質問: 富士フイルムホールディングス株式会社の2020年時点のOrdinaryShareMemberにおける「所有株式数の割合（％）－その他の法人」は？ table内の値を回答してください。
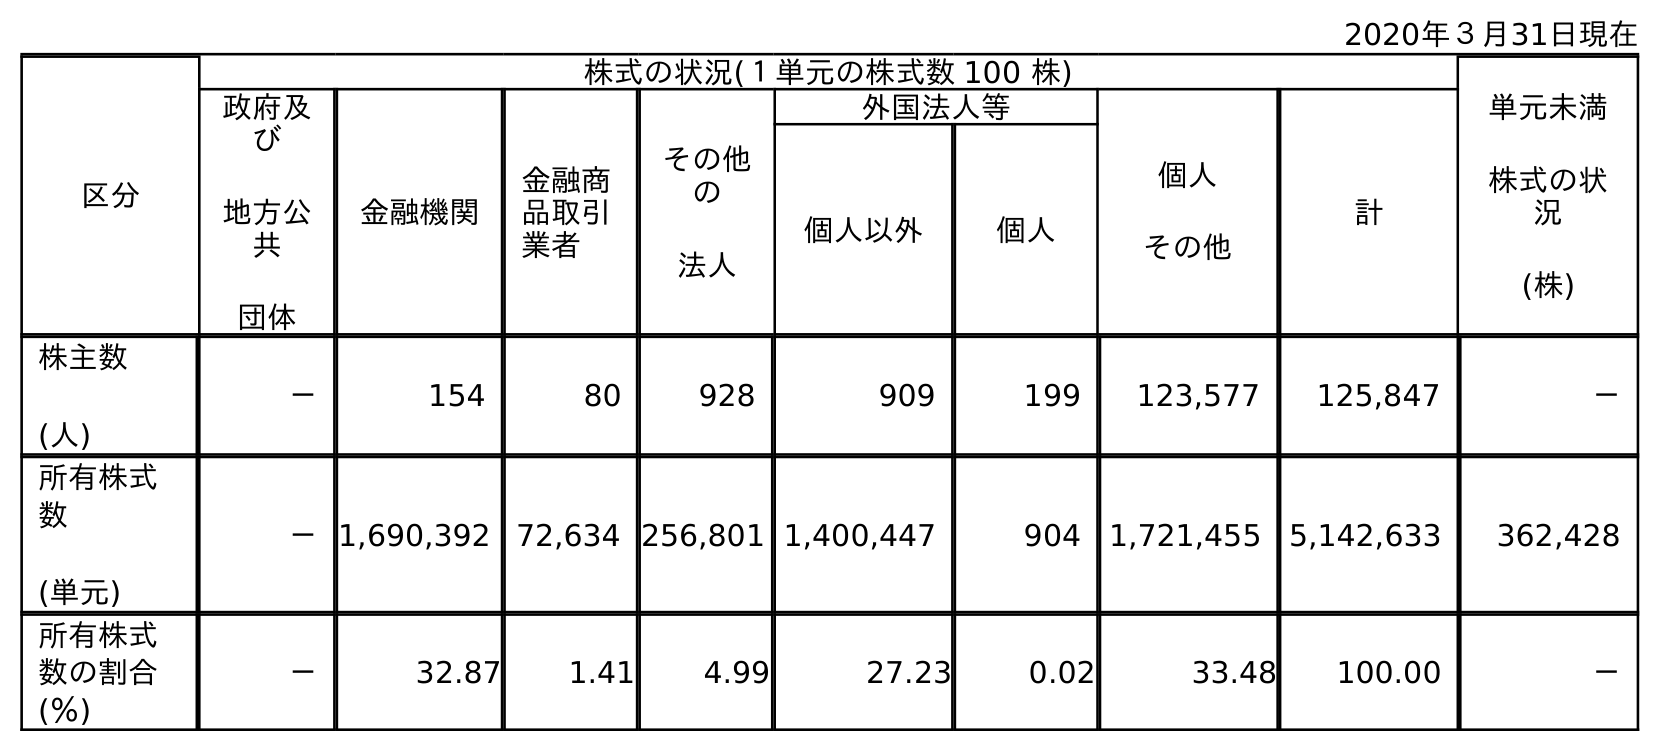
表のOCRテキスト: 2020年３月31日現在 区分 株式の状況(１単元の株式数 100 株) 単元未満 株式の状 況 (株) 政府及 び 地方公 共 団体 金融機関 金融商 品取引 業者 その他 の 法人 外国法人等 個人 その他 計 個人以外 個人 株主数 (人) － 154 80 928 909 199 123,577 125,847 － 所有株式 数 (単元) －1,690,392 72,634 256,801 1,400,447 904 1,721,455 5,142,633 362,428 所有株式 数の割合 (％) － 32.87 1.41 4.99 27.23 0.02 33.48 100.00 －
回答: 4.99